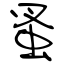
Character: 蚤